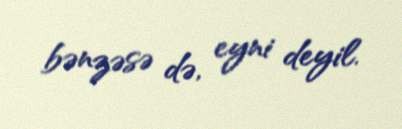
bənzəsə də, eyni deyil.